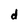
Character: d